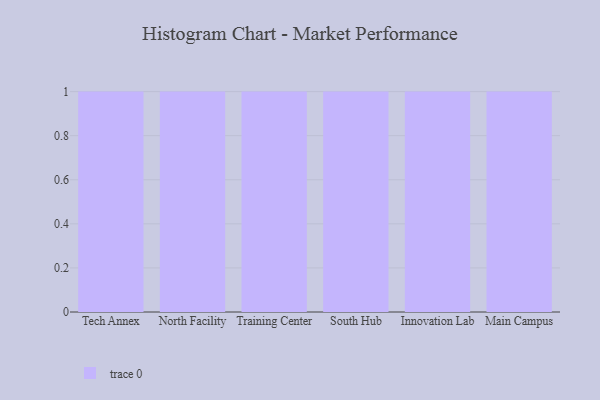
{"axis": {"x": "Campus", "y": "Bounce Rate (%)"}, "legend": [""], "data": [{"x": "Tech Annex", "y": 85, "type": ""}, {"x": "North Facility", "y": 75, "type": ""}, {"x": "Training Center", "y": 90, "type": ""}, {"x": "South Hub", "y": 95, "type": ""}, {"x": "Innovation Lab", "y": 49, "type": ""}, {"x": "Main Campus", "y": 57, "type": ""}]}